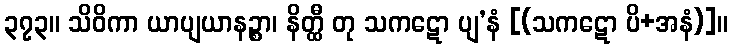
၃၇၃။ သိဝိကာ ယာပျယာနဉ္စာ၊ နိတ္ထီ တု သကဋော ပျ’နံ [(သကဋော ပိ+အနံ)]။